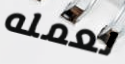
لعمله